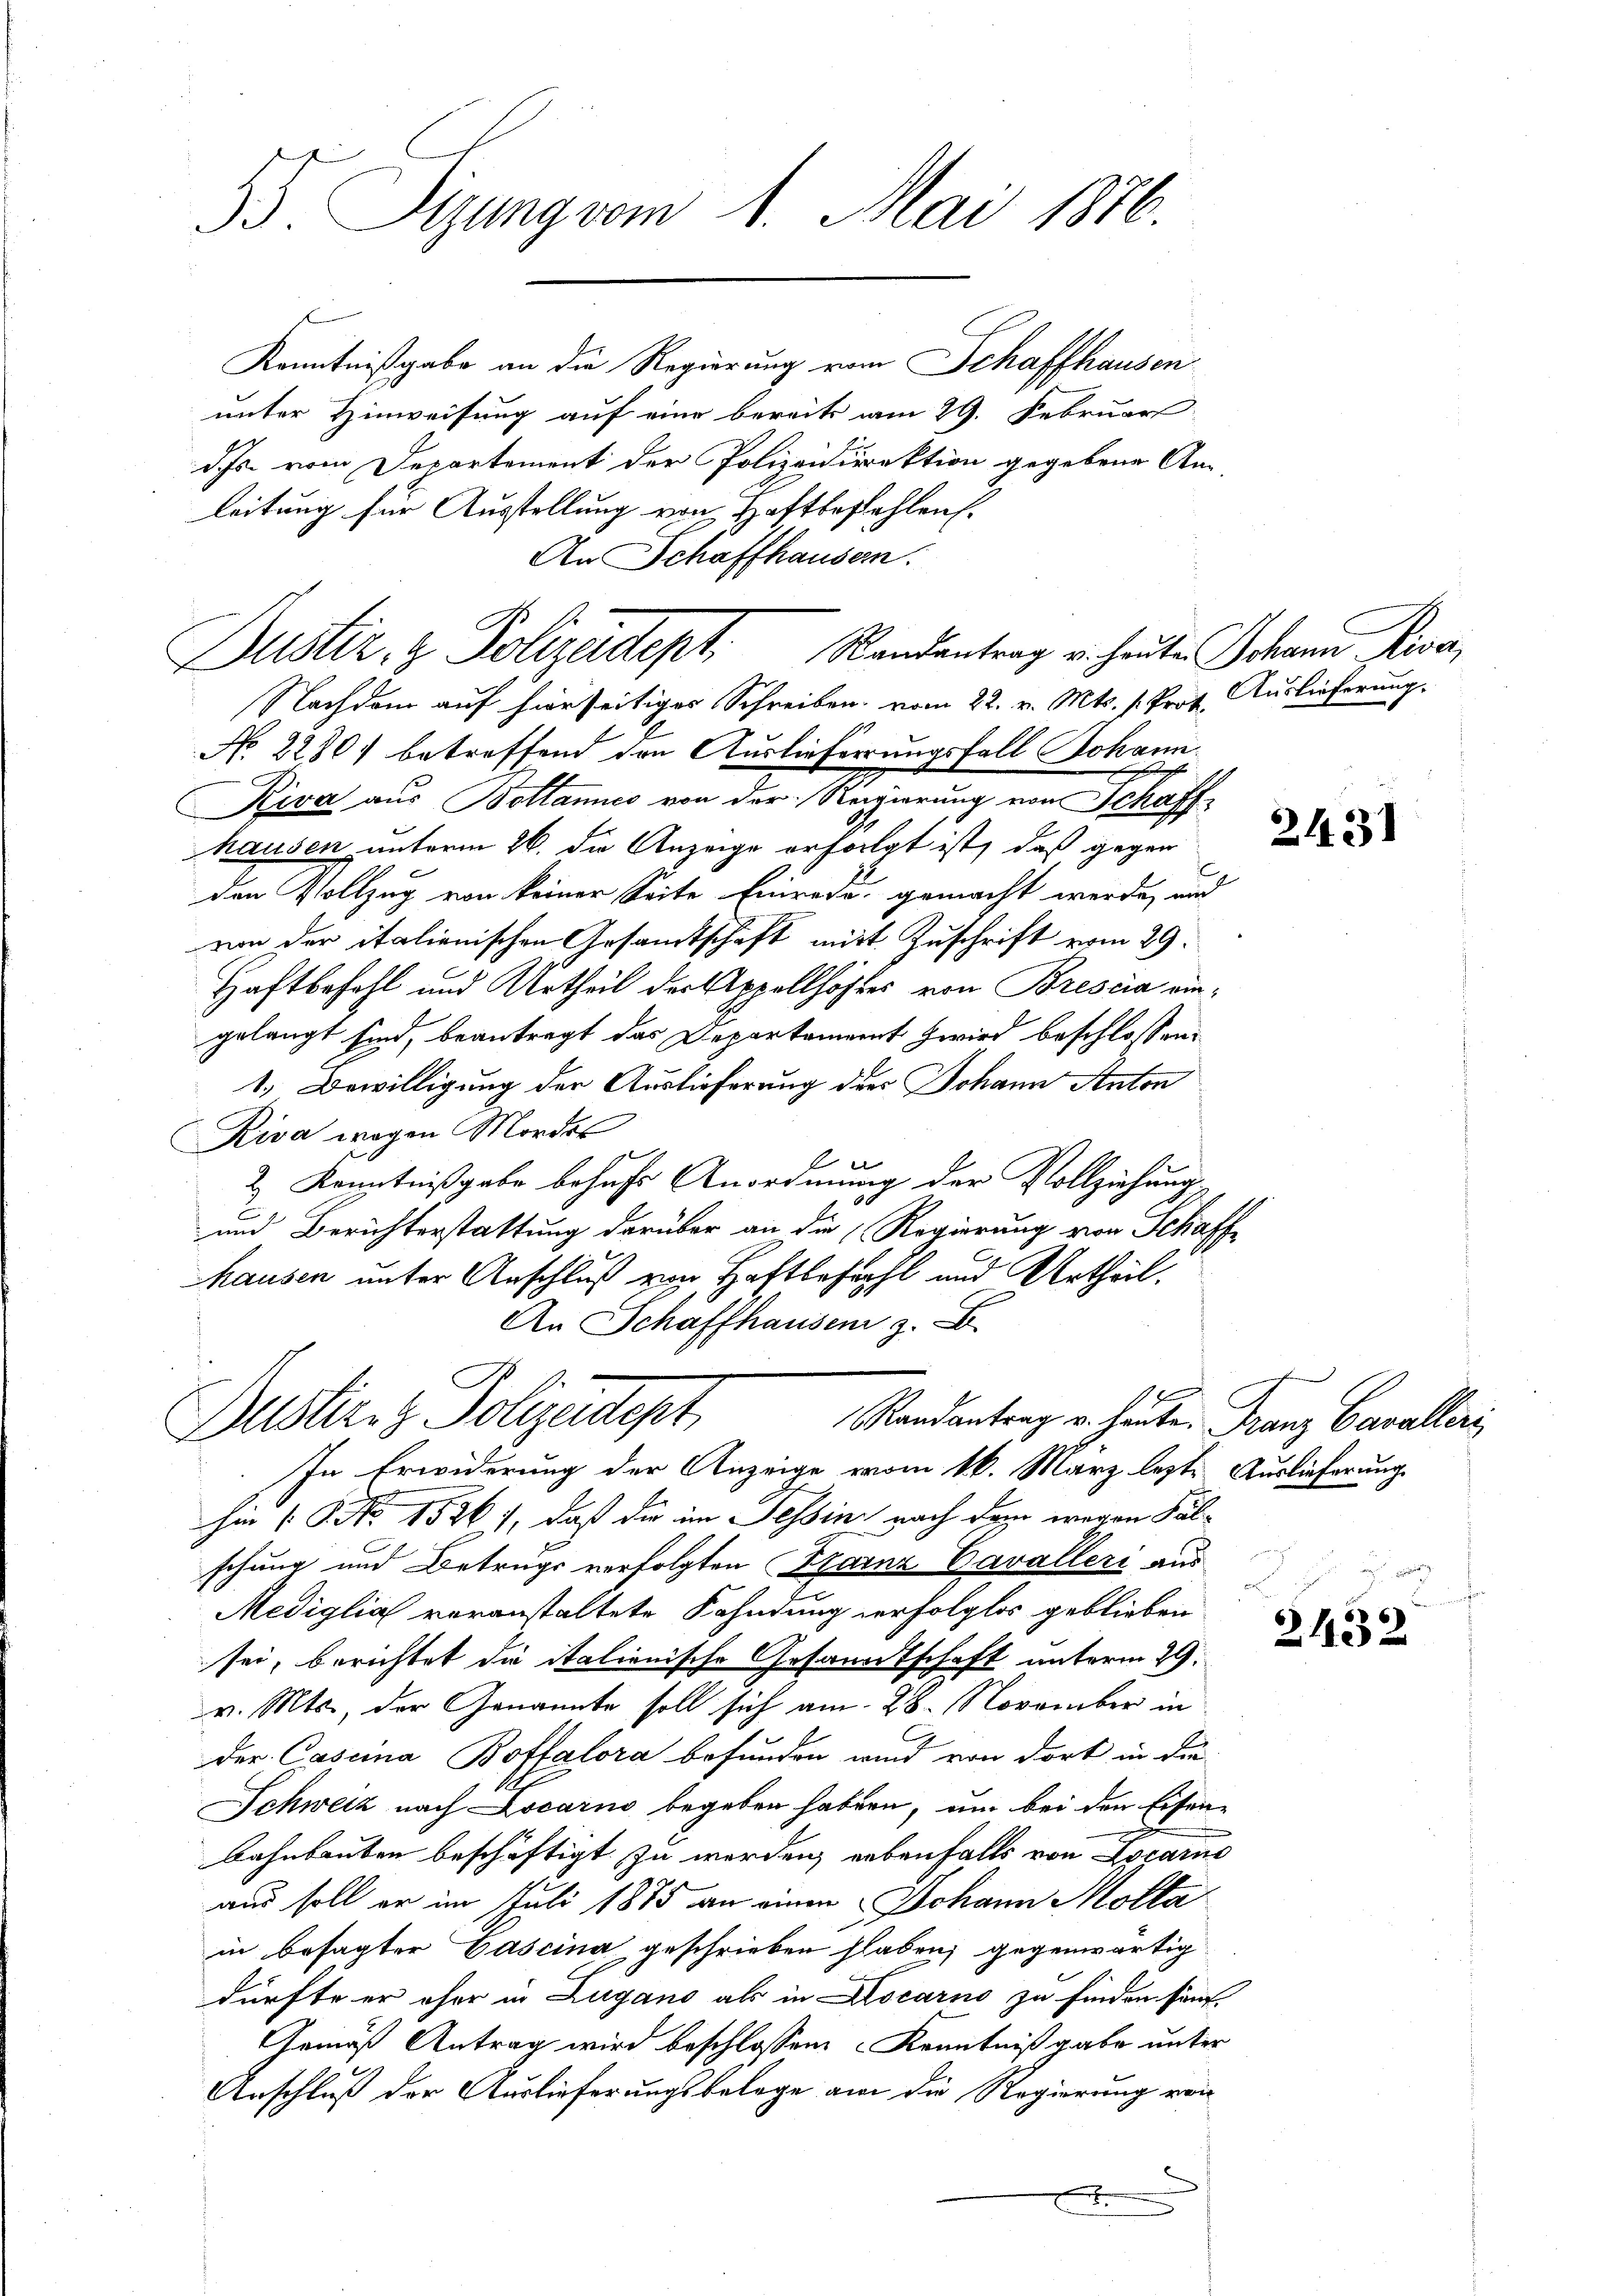
33. Sizung vom 1. Mai 1876.

Kenntnißgabe an die Regierung vom Schaffhausen
unter Hinweisung auf eine bereits am 29. Februar
ds vom Departement der Polizeidirektion gegebene An-
leitung für Ausstellung von Haftbestehlen.
An Schaffhausern.
Nachdem auf hierseitiges Schreiben vom 22. v. Mts. s. Prot. Auslieferung
No 2280) betreffend den Auslieferungsfall Johann
e
Kiva aus Bollanes von der Regierung von Schaffhausen unterm 26. die Anzeige erfolgt ist, daß gegen
den Vollzug von keiner Seite Einrede gemacht werde, und
von der italienischen Gesamtschaft mit Zuschrift vom 29.
Haftbefohl und Urtheil der Appellhöhles von Brescia eingelangt sind, beantragt das Departament Zwird beschlossen:
1.) Bewilligung der Auslieferung der Johann Anton
Riva wegen Mordes
f
l
2 Kenntnißgabe behufs Anordnung der Vollziehung
und Berichterstattung darüber an die (Regierung von Schaffe
hausen unter Anschluß von Haftbefehl und Urtheil.
An Schaffhausen z. B.

Justiz & Polizeidept. Randantrag u. heute Johann Priva

Justiris Polizadept
Randantrag u. heute. Franz Cavalleri

In Erwiderung der Anzeige vom 16. März lezte Auslieferung
ihm /. P. No 15261, daß die im Tessin nach dem wegen Fälschung und Betrugs verfolgten Barnz Cavalleri aus
Mediglia voranstaltete Fahndung verfolglos geblieben
sei, berichtet die italienische Gesanntschaft unterm 29.
v. Mts., der Genannte soll sich am 28. November in
C
der Cascina Boffalora befunden wird von dort in die
Schweiz nach Locarno begeben haben, um bei den Eisen¬
Bahnbauten beschäftigt zu werden, nebenfalls von Locarno
aus soll er im Juli 1885 an einen Johann Molla
in besagter Pascina geschrieben haben, gegenwärtig
dürfte er ohne in Zugano als in Locarno zu finden sämt.
Gemäß Antrag wird beschlossen Kenntniß gabe unter
Anschluß der Auslieferungsbelege am die Regierung von
.

2431

2432